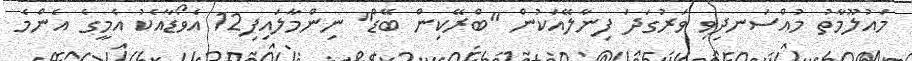
މައުލޫމާތު މުއްސަނދިވި ވަރުގަދަ ފިނާލޭއަކުން "ބްރޭކިން ބޭޑް" ނިންމާލައިފި12 އެވޯޑާއެކު އެމީގެ އެންމެ